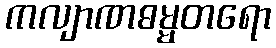
ကလျာဏဓမ္မတရော